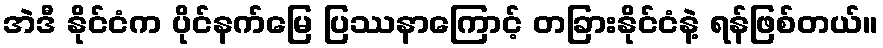
အဲဒီ နိုင်ငံက ပိုင်နက်မြေ ပြဿနာကြောင့် တခြားနိုင်ငံနဲ့ ရန်ဖြစ်တယ်။